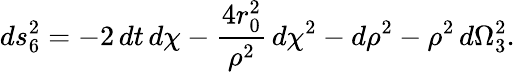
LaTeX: ds_{6}^{2}=-2\, dt\, d\chi-\frac{4r_{0}^{2}}{\rho^{2}}\, d\chi^{2}-d\rho^{2}-\rho^{2}\, d\Omega_{3}^{2}.